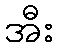
အီး